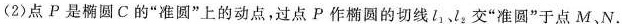
(2)点P是椭圆C的”准圆”上的动点，过点P作椭圆的切线l交”准圆”于点M、N。